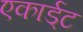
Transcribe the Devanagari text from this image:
एकार्ड्‌ट